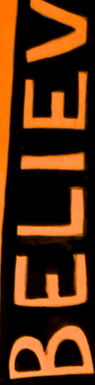
BELIEV